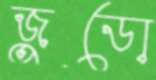
জুডো